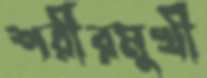
শরীরমুখী